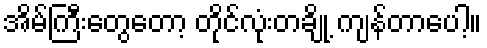
အိမ်ကြီးတွေတော့ တိုင်လုံးတချို့ ကျန်တာပေါ့။